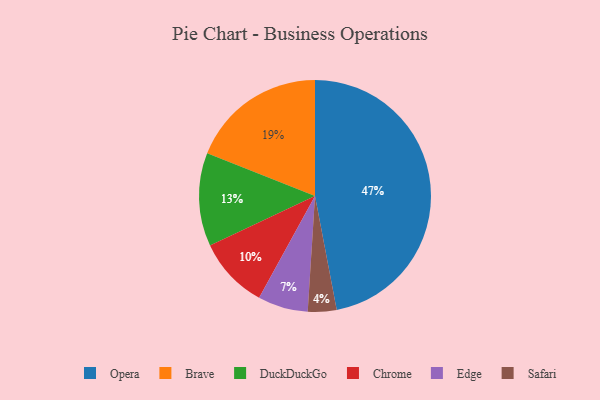
{"axis": {"x": "Category", "y": "Percentage"}, "legend": ["Brave", "Chrome", "DuckDuckGo", "Edge", "Opera", "Safari"], "data": [{"x": "Brave", "y": 19, "type": "Brave"}, {"x": "Chrome", "y": 10, "type": "Chrome"}, {"x": "Opera", "y": 47, "type": "Opera"}, {"x": "Edge", "y": 7, "type": "Edge"}, {"x": "DuckDuckGo", "y": 13, "type": "DuckDuckGo"}, {"x": "Safari", "y": 4, "type": "Safari"}]}